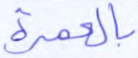
بالعمرة